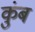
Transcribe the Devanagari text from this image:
कुंब